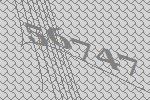
56747